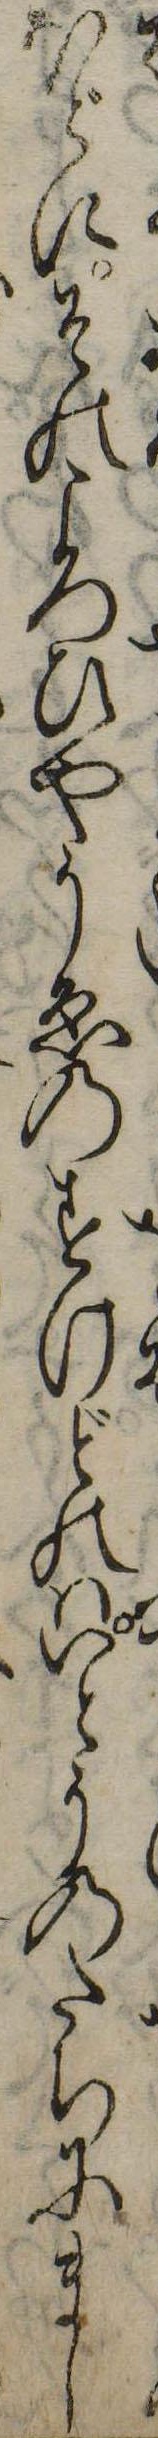
ほどにそのころひやうゑのすけどのはいとうのたちにまし